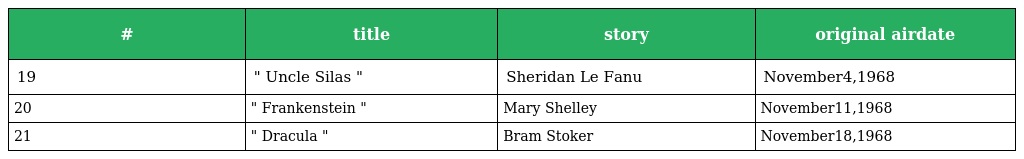
| # | title | story | original airdate |
 | --- | --- | --- | --- |
 | 19 | " Uncle Silas " | Sheridan Le Fanu | November4,1968 |
 | 20 | " Frankenstein " | Mary Shelley | November11,1968 |
 | 21 | " Dracula " | Bram Stoker | November18,1968 |